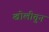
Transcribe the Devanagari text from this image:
खोलीतुन